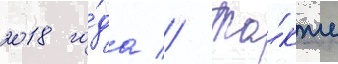
2018 го́да // Та́кже